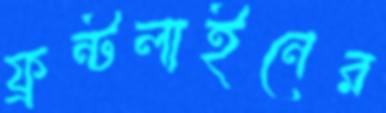
ফ্রন্টলাইনের